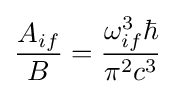
{\frac {A_{if}}{B}}={\frac {\omega _{if}^{3}\hbar }{\pi ^{2}c^{3}}}